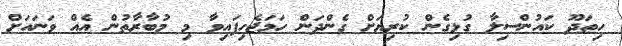
ހިތަދޫ ކައުންސިލާ ގުޅިގެން ކުރިޔަށް ގެންދަން ހަމަޖެހިފައިވާ މި މުބާރާތުން އެއް ވަނައަށް